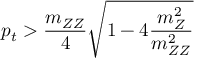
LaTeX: p _ { t } > \frac { m _ { Z Z } } { 4 } \sqrt { 1 - 4 \frac { m _ { Z } ^ { 2 } } { m _ { Z Z } ^ { 2 } } }